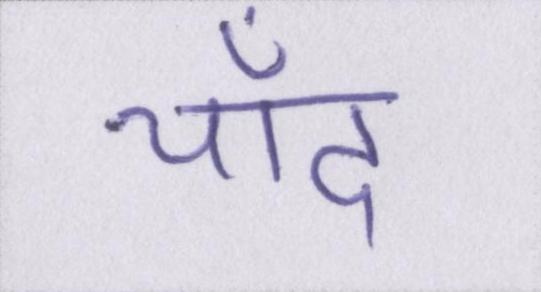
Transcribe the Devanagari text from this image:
चाँद